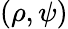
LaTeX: (\rho,\psi)